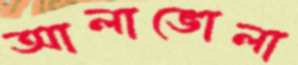
আলাভোলা